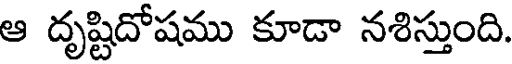
ఆ దృష్టిదోషము కూడా నశిస్తుంది.